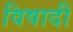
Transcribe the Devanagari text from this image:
विषादी